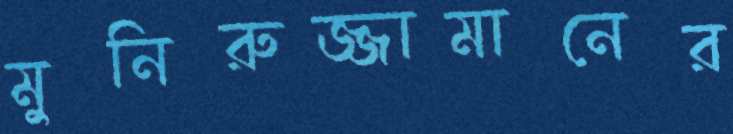
মুনিরুজ্জামানের